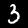
Label: 3